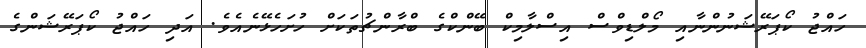
ހައްޖު ކޯޕަރޭޝަނުންނާއި މޯލްޑިވްސް އިސްލާމިކް ބޭންކްގެ ބްރާންޗުތަކަށް ހުށަހެޅޭނެއެވެ. އަދި ހައްޖު ކޯޕަރޭޝަންގެ